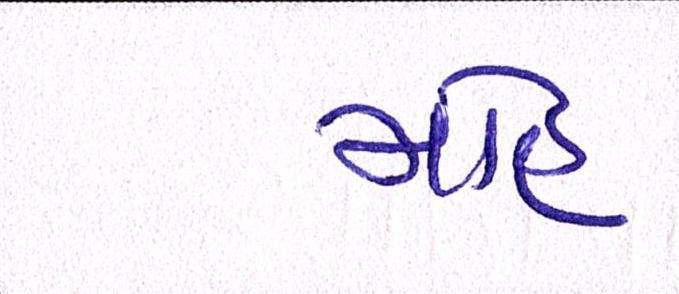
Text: મોહ